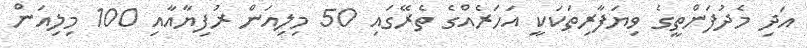
އަދި މެދުފަންތީގެ ވިޔަފާރިތަކަކީ އަހަރެއްގެ ތެރޭގައި 50 މިލިއަން ރުފިޔާއާއި 100 މިލިއަން